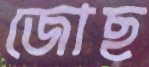
জোছ